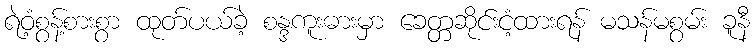
ရဲဝံ့စွန့်စားစွာ ထုတ်ပယ်ခဲ့ စန္ဒကူးဓားမှာ ခေတ္တဆိုင်းငံ့ထားရန် မသန်မစွမ်း ခူနီ